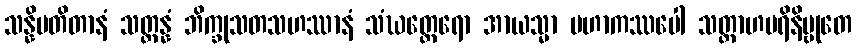
သန္နိပတိတာနံ သတ္တန္နံ ဘိက္ခုသတသဟဿာနံ သံဃတ္ထေရော အာယသ္မာ မဟာကဿပေါ သတ္တာဟပရိနိဗ္ဗုတေ